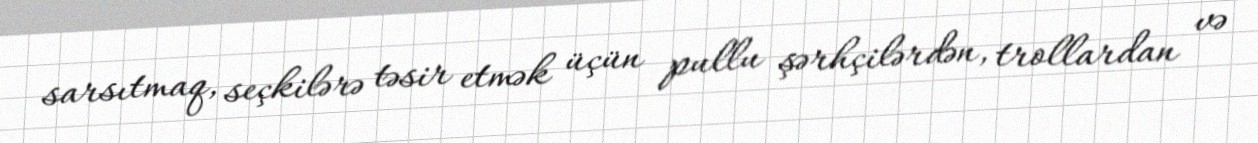
sarsıtmaq, seçkilərə təsir etmək üçün pullu şərhçilərdən, trollardan və